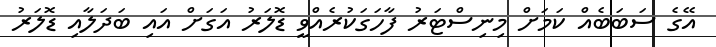
އޭގެ ސަބަބެއް ކަމަށް މިނިސްޓަރު ފާހަގަކުރެއްވީ ޑޮލަރު އަގަށް އައި ބަދަލާއި ޑޮލަރު